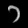
Digit: ၁